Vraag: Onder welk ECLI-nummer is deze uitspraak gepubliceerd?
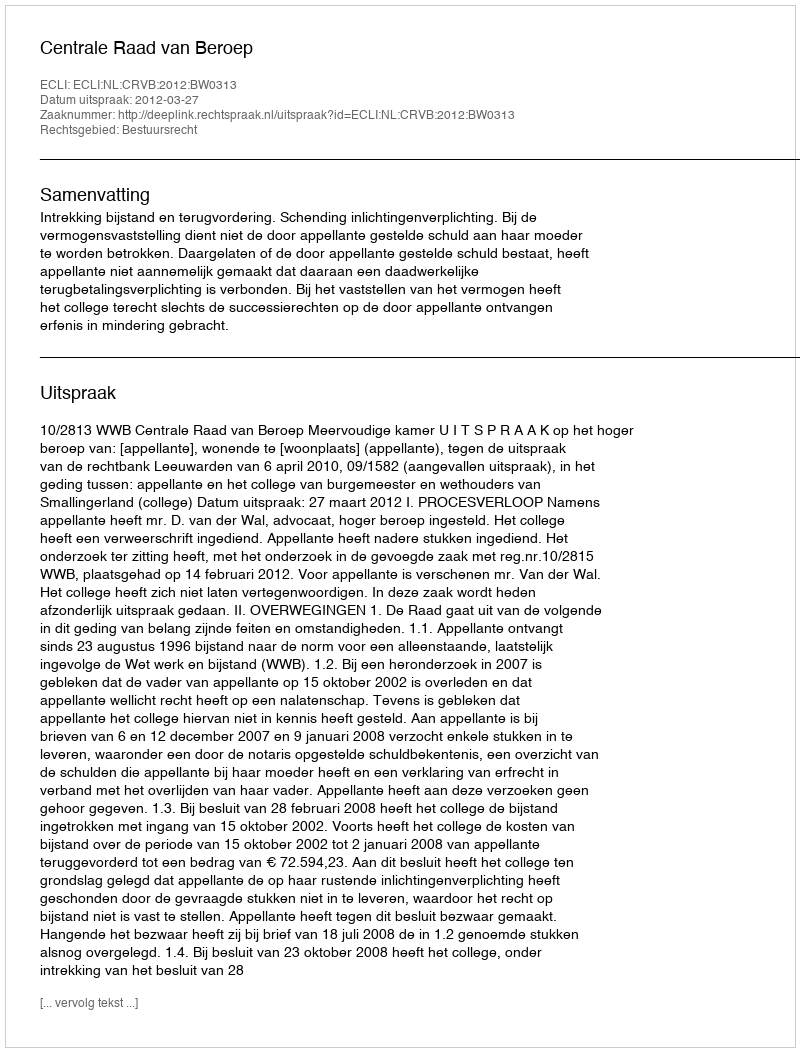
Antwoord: ECLI:NL:CRVB:2012:BW0313